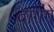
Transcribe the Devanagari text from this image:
दागेंगे